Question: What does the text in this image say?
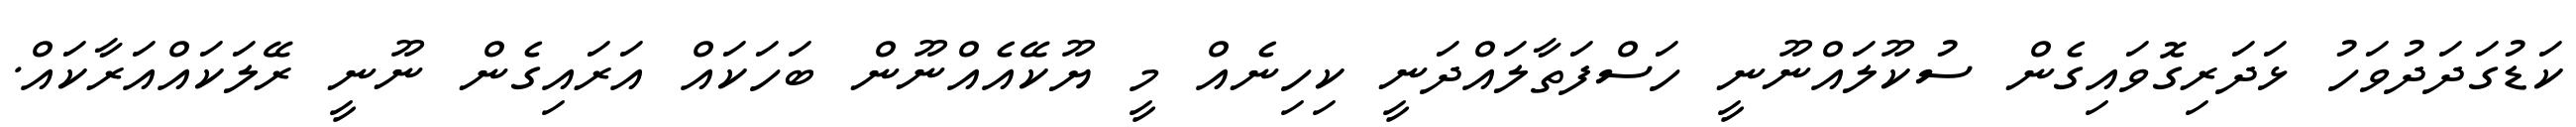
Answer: ކަޑުގަދަދުވަހު ޅަދަރިގޮވައިގެން ސުކޫލައްނޫނީ ހަސްފަތާލައްދަނީ ކިހިނެއް މީ ޔޫކޭއެއްނޫން ބަހަކައް އަރައިގެން ނޫނީ ރޭލަކައްއަރާކައް.